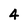
Character: 4